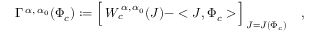
\Gamma ^ { \, \alpha , \, \alpha _ { 0 } } ( \Phi _ { c } ) : = \Bigl [ \, W _ { c } ^ { \, \alpha , \, \alpha _ { 0 } } ( J ) - < J , \Phi _ { c } > \, \Bigr ] _ { \, J = J ( \Phi _ { c } ) } \quad ,